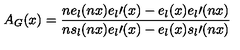
A _ { G } ( x ) = \frac { n e _ { l } ( n x ) e _ { l } \prime ( x ) - e _ { l } ( x ) e _ { l } \prime ( n x ) } { n s _ { l } ( n x ) e _ { l } \prime ( x ) - e _ { l } ( x ) s _ { l } \prime ( n x ) }